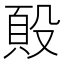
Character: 𭮷